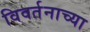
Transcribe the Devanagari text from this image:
विवर्तनाच्या